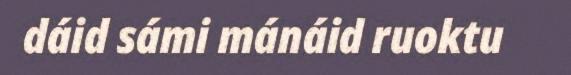
dáid sámi mánáid ruoktu